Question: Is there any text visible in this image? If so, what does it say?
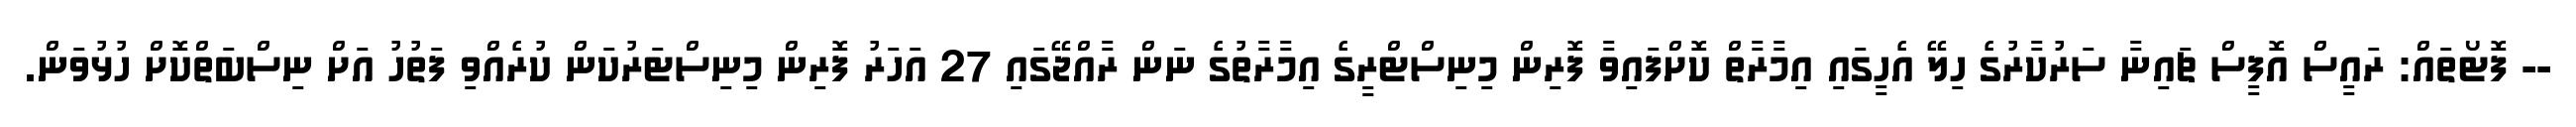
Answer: -- ފޮޓޯތައް: ރައީސް އޮފީސް ޗައިނާ ސަރުކާރުގެ ހިލޭ އެހީގައި އިމާރާތް ކޮށްފައިވާ ފޮރިން މިނިސްޓްރީގެ އިމާރާތުގެ ނަން ރާއްޖޭގައި 27 އަހަރު ފޮރިން މިނިސްޓަރުކަން ކުރެއްވި ފަތުހު އަށް ނިސްބަތްކޮށް ހުޅުވަން.